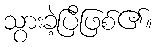
သွားခဲ့ပြီဖြစ်၏။